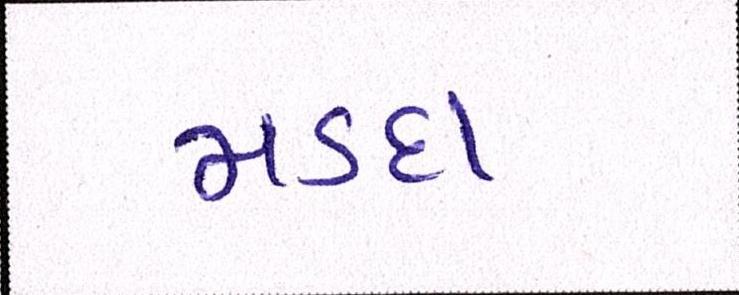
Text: મડદા